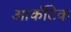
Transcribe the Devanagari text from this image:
आर्कीटेक